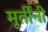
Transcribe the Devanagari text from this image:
मूर्तींनी